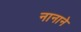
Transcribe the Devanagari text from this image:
नानाने